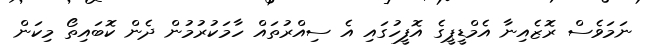
ނަމަވެސް ރޮޒެއިނާ އެމްޑީޕީގެ އޮފީހުގައި އެ ސިއްރުތައް ހާމަކުރުމުން ދެން ކޮބައިތޯ މިކަން